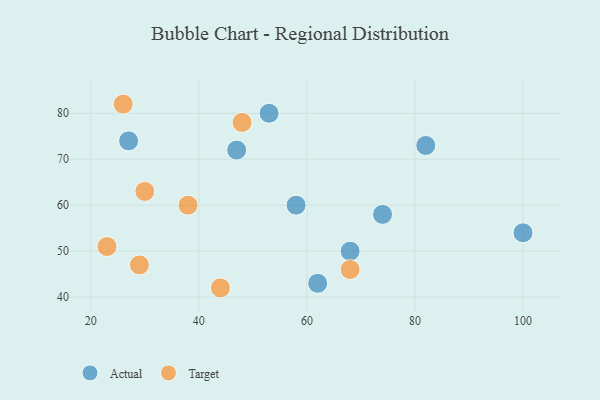
{"axis": {"x": "GDP", "y": "Life Expectancy"}, "legend": ["Actual", "Target"], "data": [{"x": "68", "y": 50, "type": "Actual"}, {"x": "62", "y": 43, "type": "Actual"}, {"x": "27", "y": 74, "type": "Actual"}, {"x": "74", "y": 58, "type": "Actual"}, {"x": "82", "y": 73, "type": "Actual"}, {"x": "100", "y": 54, "type": "Actual"}, {"x": "47", "y": 72, "type": "Actual"}, {"x": "58", "y": 60, "type": "Actual"}, {"x": "53", "y": 80, "type": "Actual"}, {"x": "30", "y": 63, "type": "Target"}, {"x": "29", "y": 47, "type": "Target"}, {"x": "44", "y": 42, "type": "Target"}, {"x": "23", "y": 51, "type": "Target"}, {"x": "68", "y": 46, "type": "Target"}, {"x": "38", "y": 60, "type": "Target"}, {"x": "26", "y": 82, "type": "Target"}, {"x": "48", "y": 78, "type": "Target"}]}